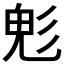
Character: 𩲆